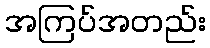
အကြပ်အတည်း